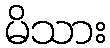
မိသား